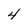
Character: 4